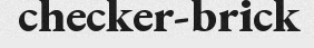
checker-brick